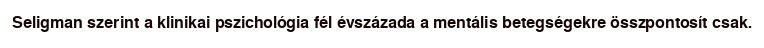
Seligman szerint a klinikai pszichológia fél évszázada a mentális betegségekre összpontosít csak.